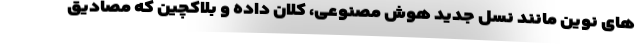
های نوین مانند نسل جدید هوش مصنوعی، کلان داده و بلاکچین که مصادیق